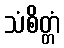
သံစိတ္တံ